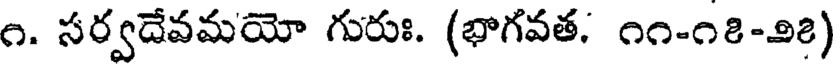
౧. సర్వదేవమయో గురుః. (భాగవత. ౧౧-౧౭-౨౭)